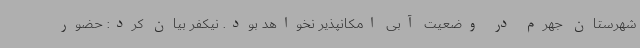
شهرستان جهرم در وضعیت آبی امکانپذیر نخواهد بود. نیکفر بیان کرد: حضور